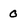
Character: 0